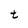
Character: t